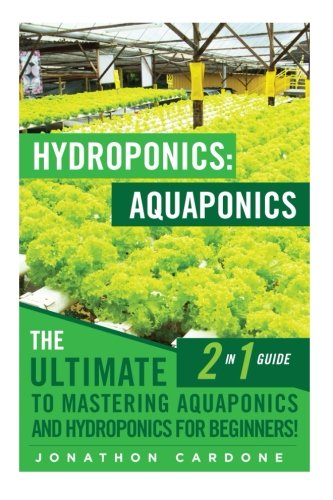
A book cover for Hydroponics: Aquaponics: The Ultimate 2 in 1 Guide to Mastering Aquaponics and Hydroponics for Beginners! (Hydroponics - Hydroponics for Beginners - ... - Aquaponics for Beginners - Hydroponics 101); Jonathon Cardone; Crafts, Hobbies & Home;